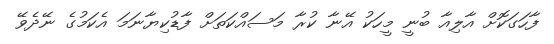
ފާހަގަކޮށް އާލިއާ ބުނީ މީހަކު އޭނާ ކުރާ މަސައްކަތަށް ފާޑުކިޔާނަމަ އެކަމުގެ ނޭދެވޭ